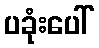
ပခုံးပေါ်